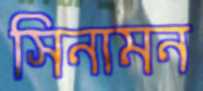
সিনামন